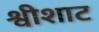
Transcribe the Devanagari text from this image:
श्वीशाट